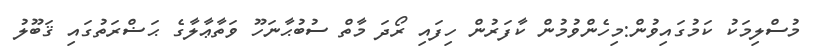
މުސްލިމަކު ކަމުގައިވުން:މިހެންވުމުން ކާފަރުން ހިފައި ރޯދަ މާތް ސުބުޙާނަހޫ ވަތާޢާލާގެ ޙަޟްރަތުގައި ޤަބޫލު